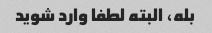
بله، البته لطفا وارد شوید